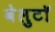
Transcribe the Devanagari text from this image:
वेलुटाॅ